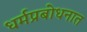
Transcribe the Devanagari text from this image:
धर्मप्रबोधनात